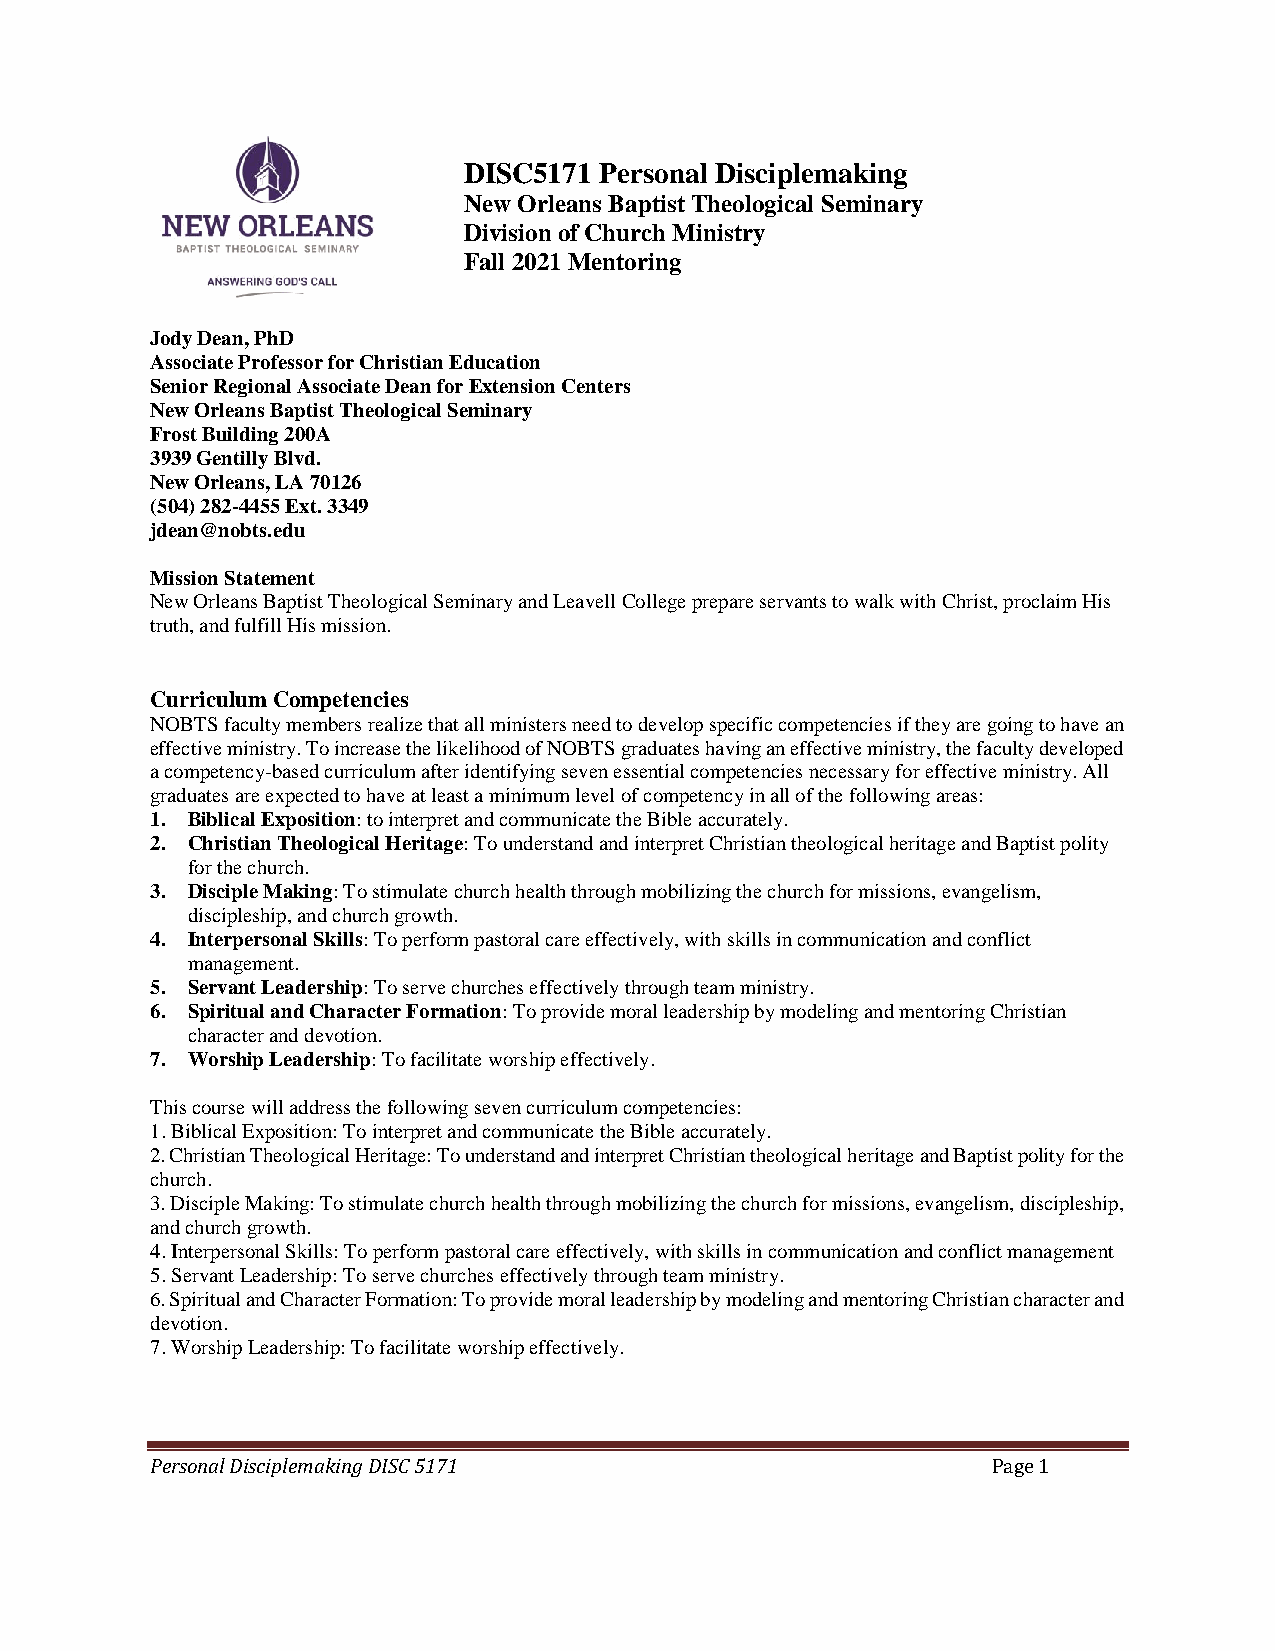
DISC5171 Personal Disciplemaking
 New Orleans Baptist Theological Seminary
 Division of Church Ministry
 Fall 2021 Mentoring
 Jody Dean, PhD
 Associate Professor for Christian Education
 Senior Regional Associate Dean for Extension Centers
 New Orleans Baptist Theological Seminary
 Frost Building 200A
 3939 Gentilly Blvd.
 New Orleans, LA 70126
 (504) 282-4455 Ext. 3349
 jdean@nobts.edu
 Mission Statement
 New Orleans Baptist Theological Seminary and Leavell College prepare servants to walk with Christ, proclaim His
 truth, and fulfill His mission.
 Curriculum Competencies
 NOBTS faculty members realize that all ministers need to develop specific competencies if they are going to have an
 effective ministry. To increase the likelihood of NOBTS graduates having an effective ministry, the faculty developed
 a competency-based curriculum after identifying seven essential competencies necessary for effective ministry. All
 graduates are expected to have at least a minimum level of competency in all of the following areas:
 1. Biblical Exposition: to interpret and communicate the Bible accurately.
 2. Christian Theological Heritage: To understand and interpret Christian theological heritage and Baptist polity
 for the church.
 3. Disciple Making: To stimulate church health through mobilizing the church for missions, evangelism,
 discipleship, and church growth.
 4. Interpersonal Skills: To perform pastoral care effectively, with skills in communication and conflict
 management.
 5. Servant Leadership: To serve churches effectively through team ministry.
 6. Spiritual and Character Formation: To provide moral leadership by modeling and mentoring Christian
 character and devotion.
 7. Worship Leadership: To facilitate worship effectively.
 This course will address the following seven curriculum competencies:
 1. Biblical Exposition: To interpret and communicate the Bible accurately.
 2. Christian Theological Heritage: To understand and interpret Christian theological heritage and Baptist polity for the
 church.
 3. Disciple Making: To stimulate church health through mobilizing the church for missions, evangelism, discipleship,
 and church growth.
 4. Interpersonal Skills: To perform pastoral care effectively, with skills in communication and conflict management
 5. Servant Leadership: To serve churches effectively through team ministry.
 6. Spiritual and Character Formation: To provide moral leadership by modeling and mentoring Christian character and
 devotion.
 7. Worship Leadership: To facilitate worship effectively.
 Personal Disciplemaking DISC 5171                       Page 1